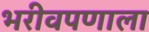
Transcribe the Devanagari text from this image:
भरीवपणाला